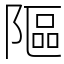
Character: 䧢